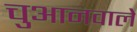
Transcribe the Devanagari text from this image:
चुआनवाले